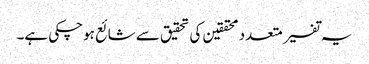
یہ تفسیر متعدد محققین کی تحقیق سے شائع ہوچکی ہے۔